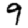
Digit: 9